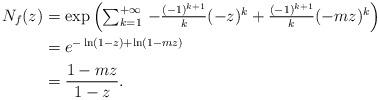
LaTeX: \begin{align*} N_f(z)&=\exp\left(\textstyle\sum_{k=1}^{+\infty} \, -\frac{(-1)^{k+1}}{k}(-z)^k + \frac{(-1)^{k+1}}{k}(-mz)^k\right) \\ &= e^{-\ln(1-z) + \ln(1-mz)} \\ &= \dfrac{1-mz}{1-z}. \end{align*}